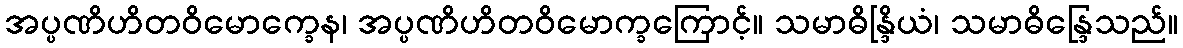
အပ္ပဏိဟိတဝိမောက္ခေန၊ အပ္ပဏိဟိတဝိမောက္ခကြောင့်။ သမာဓိန္ဒြိယံ၊ သမာဓိန္ဒြေသည်။